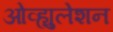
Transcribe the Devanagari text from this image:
ओव्ह्युलेशन